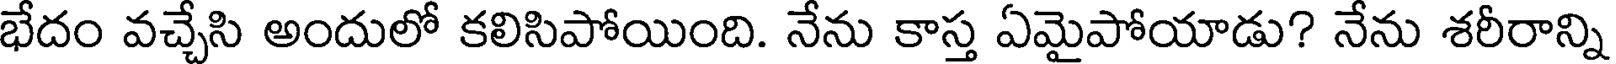
భేదం వచ్చేసి అందులో కలిసిపోయింది. నేను కాస్త ఏమైపోయాడు? నేను శరీరాన్ని